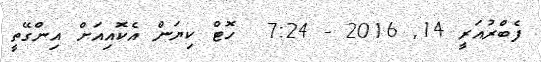
ފެބްރުއަރީ 14